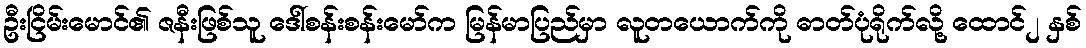
ဦးငြိမ်းမောင်၏ ဇနီးဖြစ်သူ ဒေါ်စန်းစန်းမော်က မြန်မာပြည်မှာ လူတယောက်ကို ဓာတ်ပုံရိုက်လို့ ထောင်၂ နှစ်